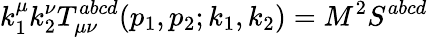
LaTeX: k_{1}^{\mu}k_{2}^{\nu}T_{\mu\nu}^{abcd}(p_{1},p_{2};k_{1},k_{2})=M^{2}S^{abcd}